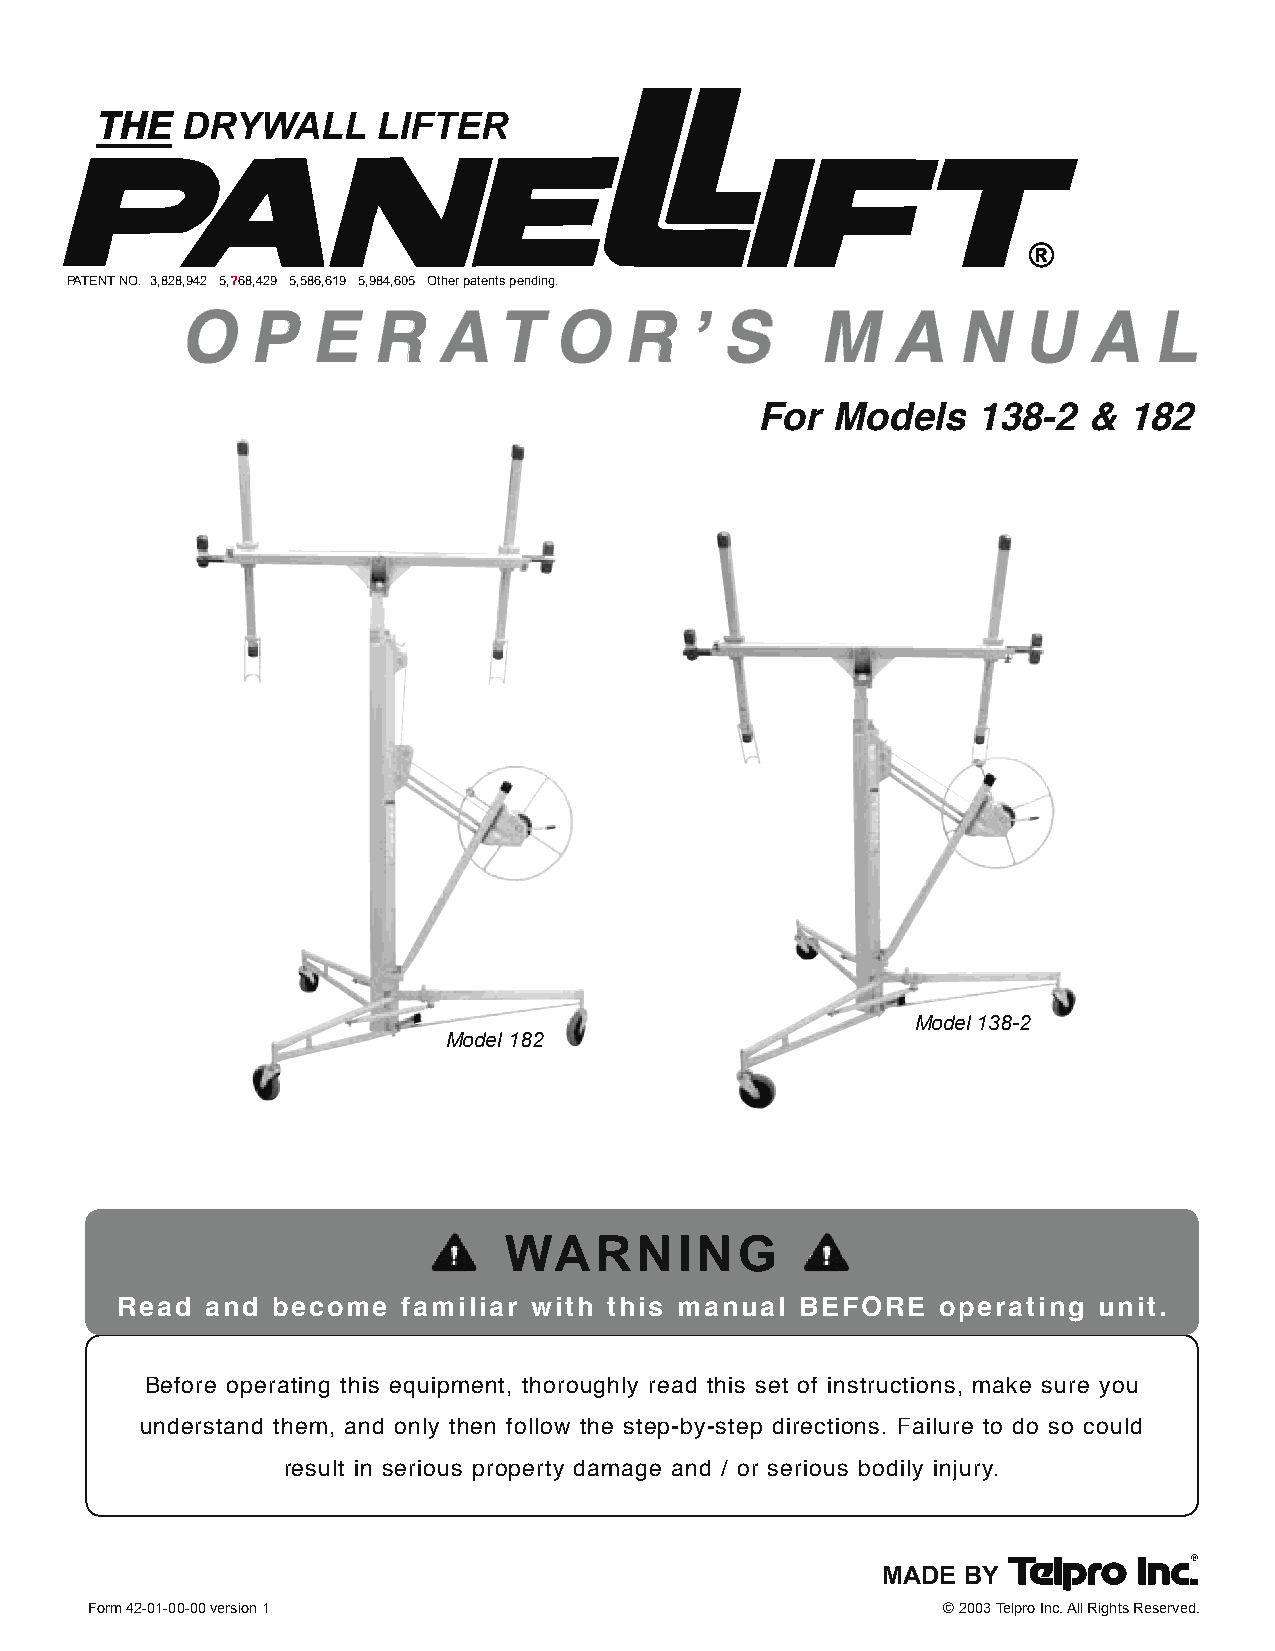
®
 PATENT NO. 3,828,942 5,?68,429 5,586,619 5,984,605 Other patents pending.
 ’
 OPERATOR                           S      MANUAL
 For  Models   138-2   & 182
 Model 138-2
 Model 182
 WARNING
 Read  and become   familiar with this manual BEFORE   operating  unit.
 Before operating this equipment, thoroughly read this set of instructions, make sure you
 understand them, and only then follow the step-by-step directions. Failure to do so could
 result in serious property damage and / or serious bodily injury.
 MADE  BY
 Form 42-01-00-00 version 1                              © 2003 Telpro Inc. All Rights Reserved.